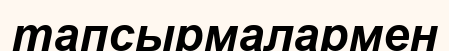
тапсырмалармен